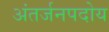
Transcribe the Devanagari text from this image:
अंतर्जनपदोय